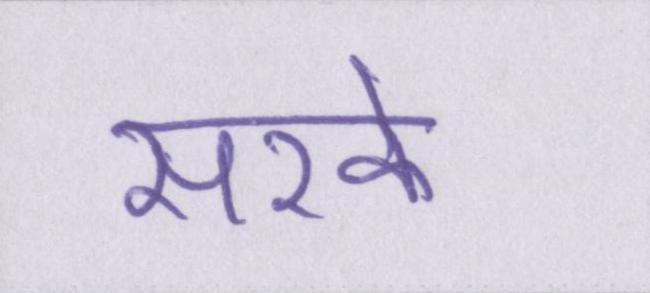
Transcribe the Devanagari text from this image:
सरके